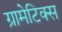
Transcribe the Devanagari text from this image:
ग्रामेटिक्स